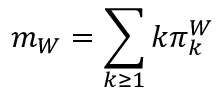
m _ { W } = \sum _ { k \geq 1 } k \pi _ { k } ^ { W }